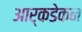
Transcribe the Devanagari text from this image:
आर्कडेकन